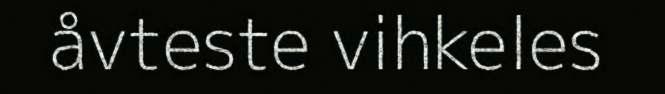
åvteste vihkeles